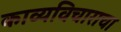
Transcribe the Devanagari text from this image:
काव्यविचाराचा